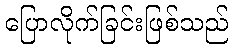
ပြောလိုက်ခြင်းဖြစ်သည်